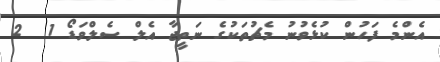
އެންމެ ފަހުން ކުޅެވުނު މެޗުތަކުގެ ނަތީޖާ އެލް ސެލްވަޑޯ 1  2